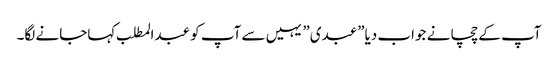
آپ کے چچا نے جواب دیا”عبدی” یہیں سے آپ کو عبدالمطلب کہاجانے لگا۔